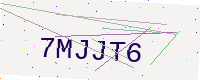
Text: 7MJJT6